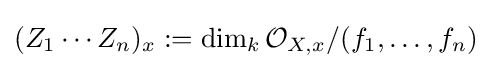
(Z_{1}\cdots Z_{n})_{x}:=\dim _{k}{\mathcal {O}}_{X,x}/(f_{1},\dots ,f_{n})